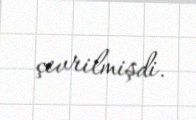
çevrilmişdi.